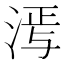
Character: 𬇵